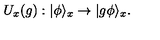
U _ { x } ( g ) : | \phi \rangle _ { x } \to | g \phi \rangle _ { x } .